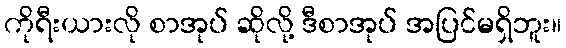
ကိုရီးယားလို စာအုပ် ဆိုလို့ ဒီစာအုပ် အပြင်မရှိဘူး။